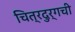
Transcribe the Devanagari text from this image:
चित्रदुर्गची